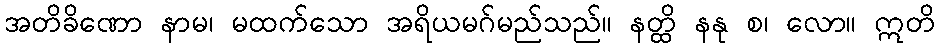
အတိခိဏော နာမ၊ မထက်သော အရိယမဂ်မည်သည်။ နတ္ထိ နနု စ၊ လော။ ဣတိ